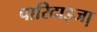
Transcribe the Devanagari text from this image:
पारिदाइजा़